Annual administration and progress report of the Indian Medical Department, Bombay
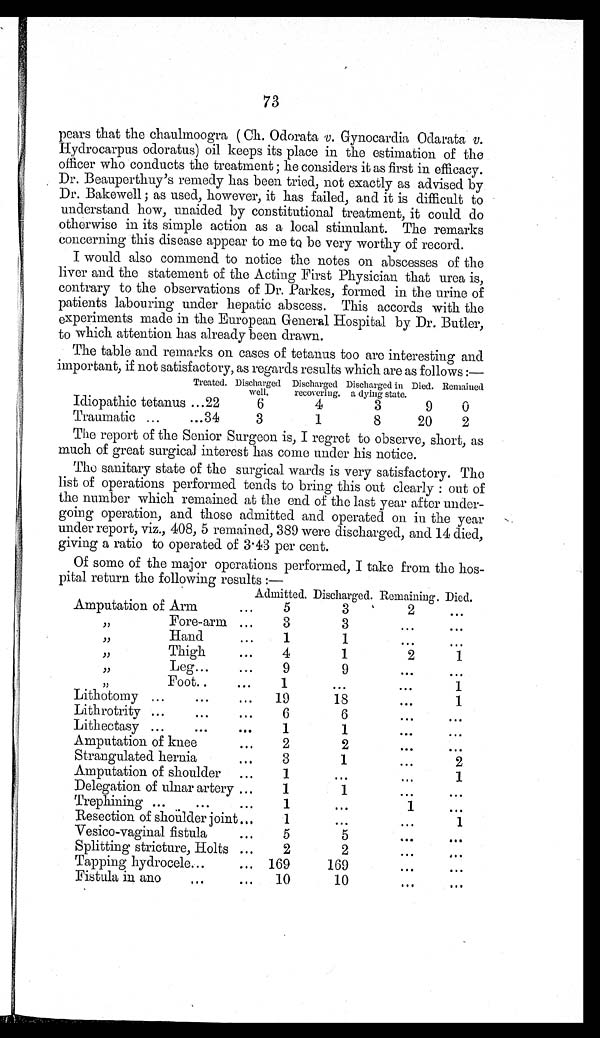
73
pears that the chaulmoogra ( Ch. Odorata v. Gynocardia Odarata v.
Hydrocarpus odoratus) oil keeps its place in the estimation of the
officer who conducts the treatment ; he considers it as first in efficacy.
Dr. Beauperthuy's remedy has been tried, not exactly as advised by
Dr. Bakewell ; as used, however, it has failed, and it is difficult to
understand how, unaided by constitutional treatment, it could do
otherwise in its simple action as a local stimulant. The remarks
concerning this disease appear to me to be very worthy of record.
I would also commend to notice the notes on abscesses of the
liver and the statement of the Acting First Physician that urea is,
contrary to the observations of Dr. Parkes, formed in the urine of
patients labouring under hepatic abscess. This accords with the
experiments made in the European General Hospital by Dr. Butler,
to which attention has already been drawn.
The table and remarks on cases of tetanus too are interesting and
important, if not satisfactory, as regards results which are as follows :—
Treated. Discharged
wel l .
Discharged
recovering.
Discharged in
a dying state. Died. Remained
Idiopathic tetanus ...22
6
4
3
9
0
Traumatic ...
...34
3
1
8
20
2
The report of the Senior Surgeon is, I regret to observe, short, as
much of great surgical interest has come under his notice.
The sanitary state of the surgical wards is very satisfactory. The
list of operations performed tends to bring this out clearly : out of
the number which remained at the end of the last year after under-
going operation, and those admitted and operated on in the year
under report, viz., 408, 5 remained, 389 were discharged, and 14 died,
giving a ratio to operated of 3.43 per cent.
Of some of the major operations performed, I take from the
hospital return them following results:—
Admitted. Discharged. Remaining. Died.
Amputation of Arm
...
5
3
2
. . .
, , F o r e - a r m . . .
3
3
. . .
. . .
,,
Hand ...
1
1
...
...
,,
Thigh
...
4
1
2
1
,,
Leg...
9
9
. . .
. . .
, , F o o t . .
. . .
1
...
...
1
Lithotomy ...
...
... 19
18
. . .
1
Lithrotrity ...
...
. . .
6
6
. . .
. . .
Lithectasy ...
...
. . .
1
1
. . .
. . .
Amputation of knee . . .
2
2
. . .
. . .
Strangulated hernia
...
3
1
...
2
Amputation of shoulder ...
1
...
. . .
1
Delegation of ulnar artery ...
1
1
. . .
. . .
Trephining ...
...
. . .
1
. . .
1
. . .
Resection of shoulder joint ...
1
...
...
1
Vesico-vaginal fistula
. . .
5
5
. . .
. . .
Splitting stricture, Holts ...
2
2
...
. . .
Tapping hydrocele...
... 169
169
. . .
. . .
Fistula in ano
...
... 10
10
. . .
. . .